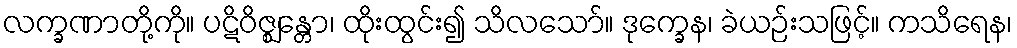
လက္ခဏာတို့ကို။ ပဋိဝိဇ္ဈန္တော၊ ထိုးထွင်း၍ သိလသော်။ ဒုက္ခေန၊ ခဲယဉ်းသဖြင့်။ ကသိရေန၊